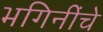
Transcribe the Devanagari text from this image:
भगिनींचे